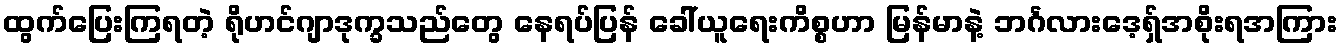
ထွက်ပြေးကြရတဲ့ ရိုဟင်ဂျာဒုက္ခသည်တွေ နေရပ်ပြန် ခေါ်ယူရေးကိစ္စဟာ မြန်မာနဲ့ ဘင်္ဂလားဒေ့ရ်ှအစိုးရအကြား